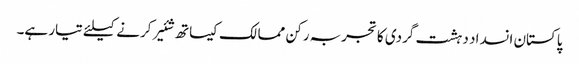
پاکستان انسداد دہشت گردی کا تجربہ رکن ممالک کیساتھ شئیر کرنے کیلئے تیار ہے۔